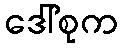
ဒေါ်စုက